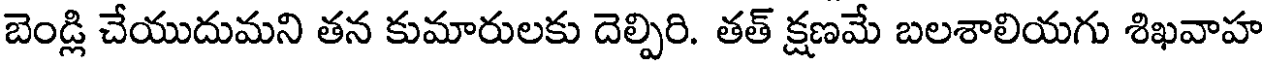
బెండ్లి చేయుదుమని తన కుమారులకు దెల్పిరి. తత్ క్షణమే బలశాలియగు శిఖవాహ